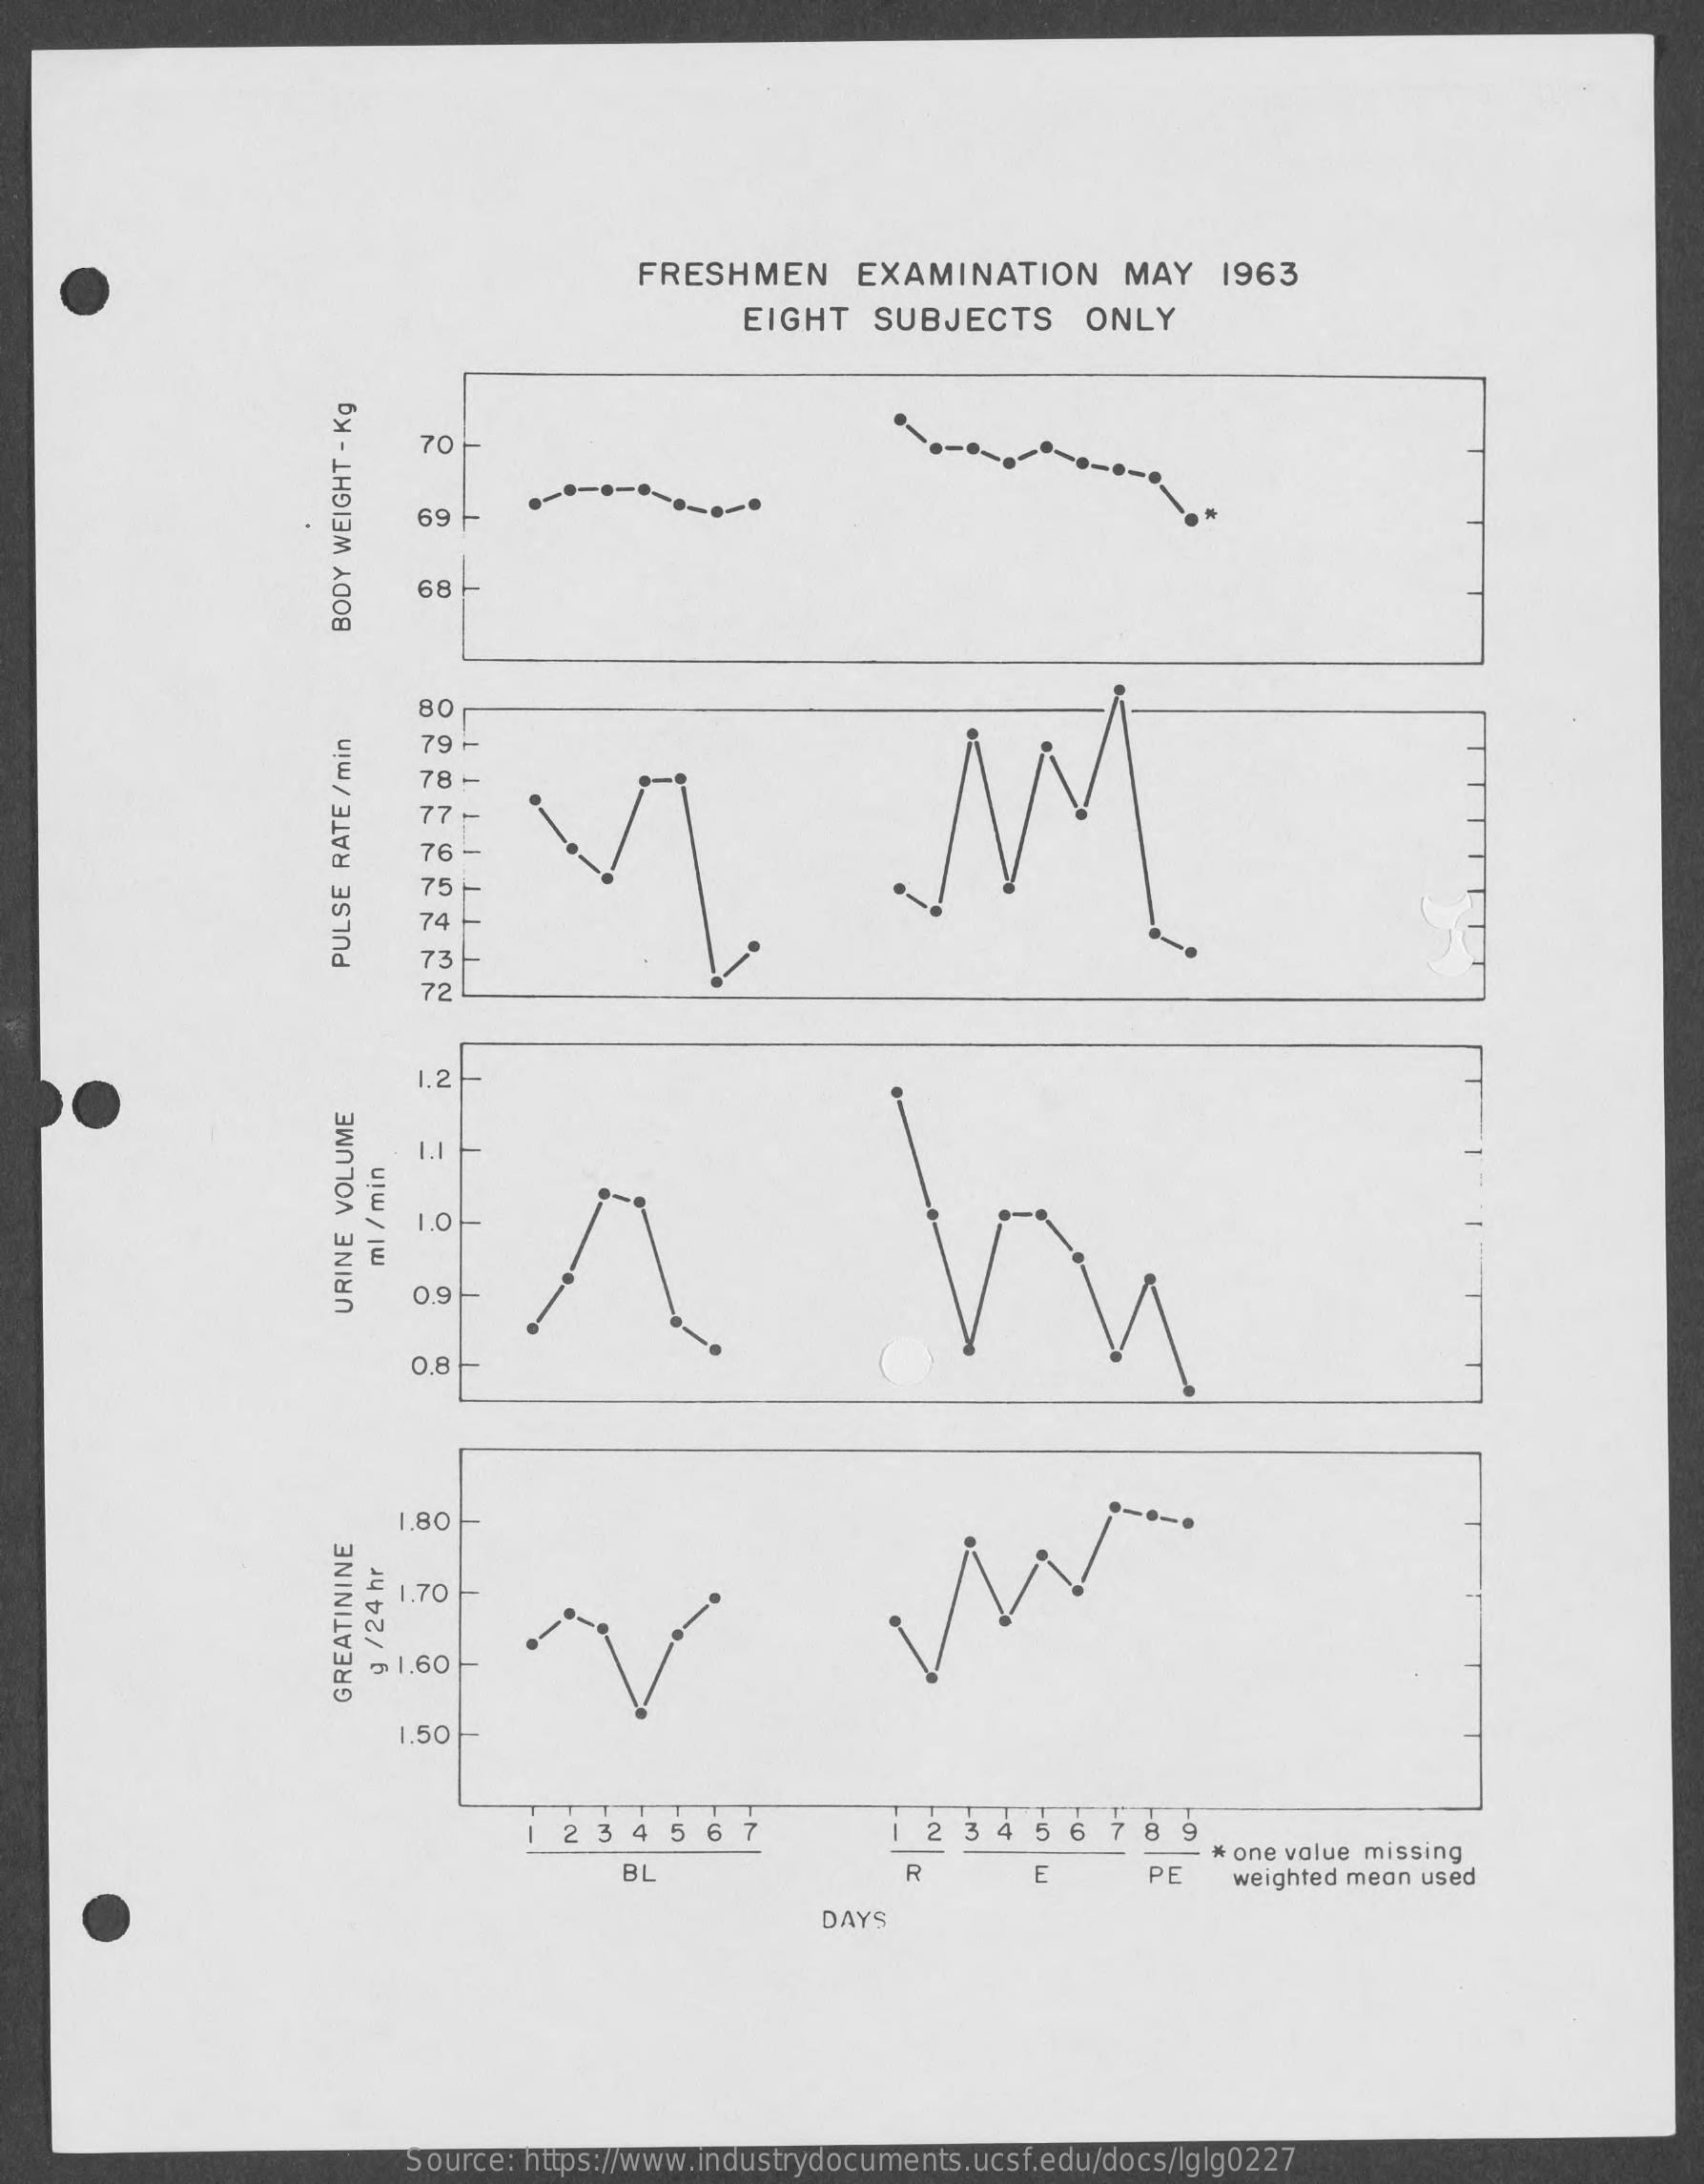
FRESHMEN    EXAMINATION    MAY    1963
     EIGHT   SUBJECTS    ONLY
     70
     69 -
     ----------
     68
     BODY
     WEIGHT
     -
     Kg
     80
     78 -
     77 -
     76
     75
     74 -
     73
     PULSE
     RATE
     /
     min
     72
     1.2
     1.1
     0
     ml
     /
     min
     0.9
     URINE
     VOLUME
     0,8
     1.80
     £ 1.70
     ~ 1.60
     9
     /24
     hr
     GREATININE
     1.50
     2345    6  7    2 34   5 6  7 8  9
     BL    R    E    PE
     * one volue missing
     weighted mean used
     DAYS
     Source: https://www.industrydocuments.ucsf.edu/docs/lglg0227